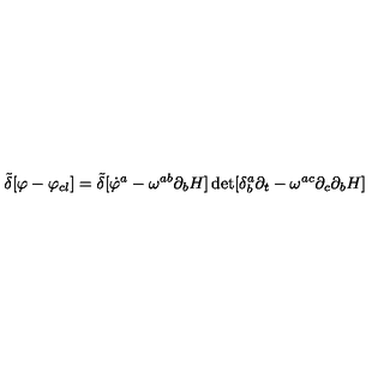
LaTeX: { \tilde { \delta } } [ \varphi - \varphi _ { c l } ] = { \tilde { \delta } } [ { \dot { \varphi } ^ { a } - \omega ^ { a b } \partial _ { b } H ] \det [ \delta _ { b } ^ { a } \partial _ { t } - \omega ^ { a c } \partial _ { c } \partial _ { b } H } ]